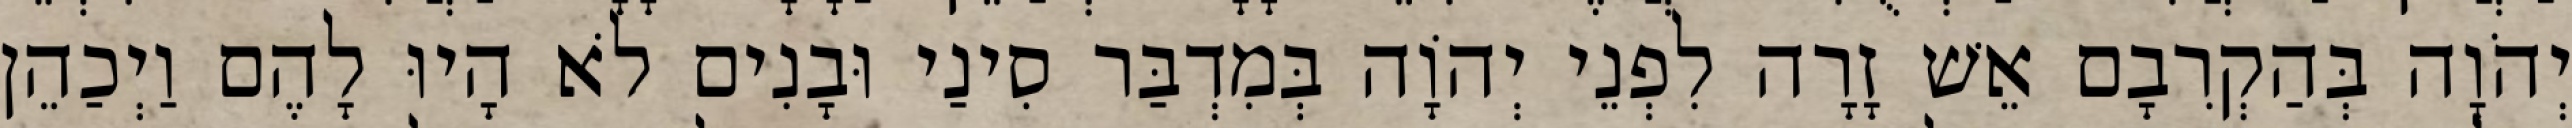
יְהֹוָה בְּהַקְרִבָם אֵשׁ זָרָה לִפְנֵי יְהוָֹה בְּמִדְבַּר סִינַי וּבָנִים לֹא הָיוּ לָהֶם וַיְכַהֵן